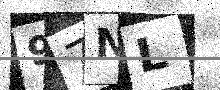
Text: 97NL